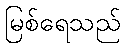
မြစ်ရေသည်